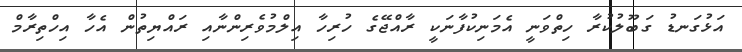
އަޅުގަނޑު ގަބޫލުކުރާ ހިތްވަނީ އެމަނިކުފާނަކީ ރާއްޖޭގެ ހުރިހާ އިލްމުވެރިންނާއި ރައްޔިތުން އެހާ އިހްތިރާމް